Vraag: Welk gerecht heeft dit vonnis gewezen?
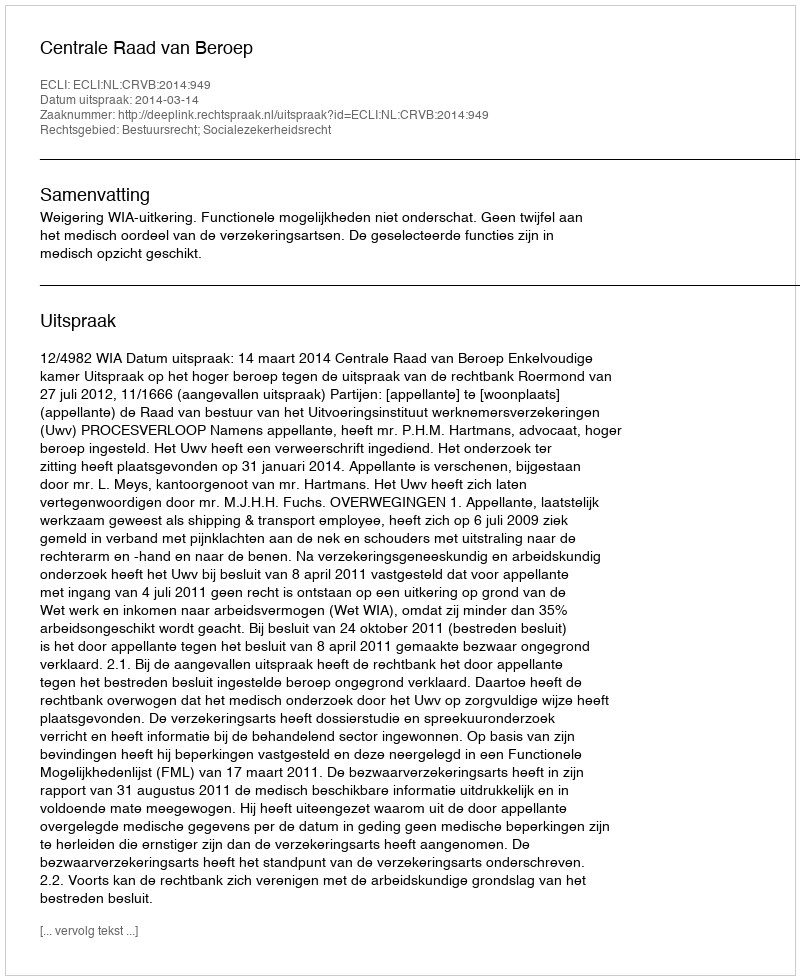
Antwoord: Centrale Raad van Beroep